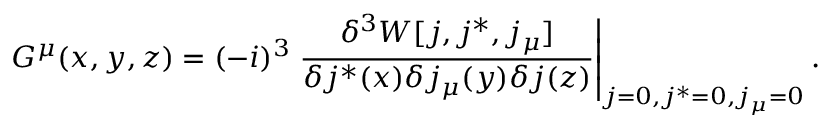
G ^ { \mu } ( x , y , z ) = ( - i ) ^ { 3 } \left. \frac { \delta ^ { 3 } W [ j , j ^ { \ast } , j _ { \mu } ] } { \delta j ^ { \ast } ( x ) \delta j _ { \mu } ( y ) \delta j ( z ) } \right| _ { j = 0 , j ^ { \ast } = 0 , j _ { \mu } = 0 } .